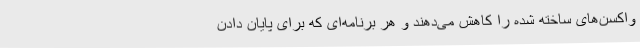
واکسن‌های ساخته شده را کاهش می‌دهند و هر برنامه‌ای که برای پایان دادن